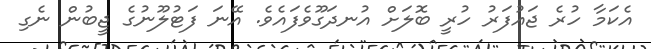
އެކަމާ ހުރެ ޖައުފަރު ހުރީ ބޮލަށް އުނދަގޫވެފައެވެ. އޭނަ ފަޓުލޫނުގެ ޖީބުން ނެގި